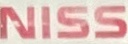
NISS